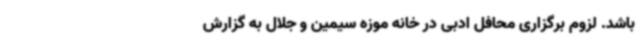
باشد. لزوم برگزاری محافل ادبی در خانه موزه سیمین و جلال به گزارش